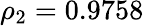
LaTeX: {\rho_{2}}=\mathrm{{0}}\mathrm{{.9758}}